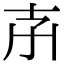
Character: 𡥇